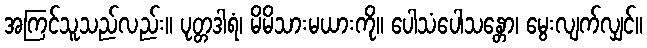
အကြင်သူသည်လည်း။ ပုတ္တဒါရံ၊ မိမိသားမယားကို။ ပေါသံပေါသန္တော၊ မွေးလျက်လျှင်။